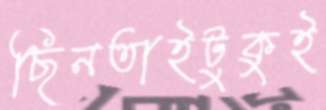
ছিনতাইটুকুই